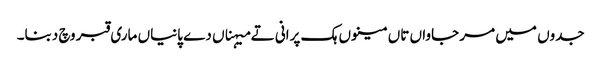
جدوں میں مر جاواں تاں مینوں ہک پرانی تے میہناں دے پانیاں ماری قبر وچ دبنا۔